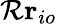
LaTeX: {\mathcal{R}}\mathbf{r}_{io}